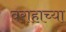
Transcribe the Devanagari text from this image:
वराहाच्या